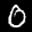
Label: 0